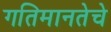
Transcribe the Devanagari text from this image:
गतिमानतेचे